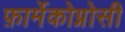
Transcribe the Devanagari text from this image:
फ़ार्मेकोग्नोसी